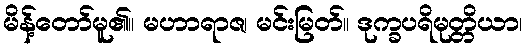
မိန့်တော်မူ၏။ မဟာရာဇ၊ မင်းမြတ်။ ဒုက္ခပရိမုတ္တိယာ၊